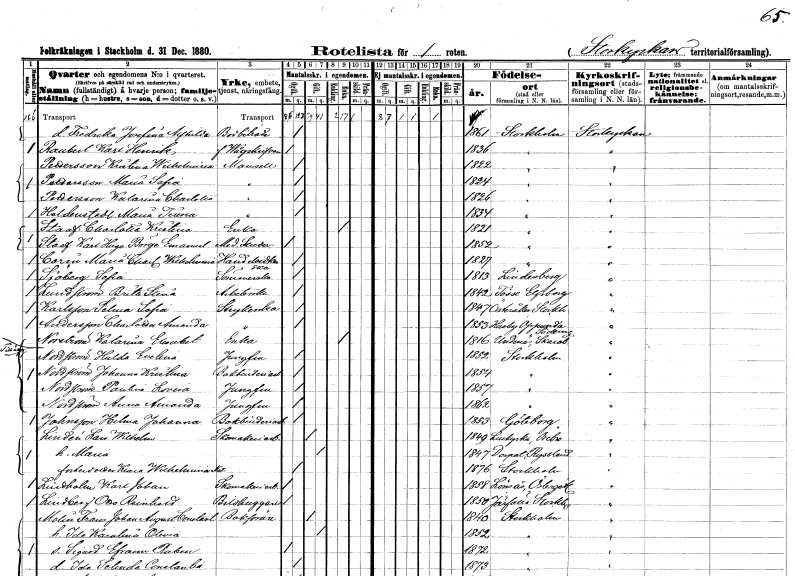
gt_parse: households: individuals: FN: Fredrika Josefina Alfhilda
YRKE: Bodbiträde
KON: K
CIV: O
FODAR: 1861
FODFORS: Stockholm
FN: Karl Henrik
EN: Raubert
YRKE: Vågskrivare f.
KON: M
CIV: O
FODAR: 1836
FODFORS: Stockholm
FN: Kristina Wilhelmina
EN: Pettersson
KON: K
CIV: O
FODAR: 1822
FODFORS: Stockholm
FN: Maria Sofia
EN: Pettersson
KON: K
CIV: O
FODAR: 1824
FODFORS: Stockholm
FN: Katarina Charlotta
EN: Pettersson
KON: K
CIV: O
FODAR: 1826
FODFORS: Stockholm
FN: Maria Teresia
EN: Heldenstedt
KON: K
CIV: O
FODAR: 1834
FODFORS: Stockholm
FN: Charlotta Kristina
EN: Staaf
YRKE: Änka
KON: K
CIV: E
FODAR: 1821
FODFORS: Stockholm
FN: Karl Hugo Birger Emanuel
EN: Staaf
YRKE: Medicine studerande
KON: M
CIV: O
FODAR: 1852
FODFORS: Stockholm
FN: Maria Charlotta Wilhelmina
EN: Carin
YRKE: Handelsidkerska
KON: K
CIV: O
FODAR: 1827
FODFORS: Stockholm
FN: Sofia
EN: Sjöberg
YRKE: Sömmerska
KON: K
CIV: O
FODAR: 1813
FODFORS: Lindesberg Örebro län
FN: Brita Stina
EN: Lundström
YRKE: Arbeterska
KON: K
CIV: O
FODAR: 1842
FODFORS: Tösse Älvsborgs län
FN: Selma Sofia
EN: Karlsson
YRKE: Strykerska
KON: K
CIV: O
FODAR: 1847
FODFORS: Österåker Stockholms län
FN: Charlotta Amanda
EN: Andersson
YRKE: Strykerska
KON: K
CIV: O
FODAR: 1853
FODFORS: Husby-Oppunda Södermanlands län
FN: Katarina Elisabet
EN: Norström
YRKE: Änka
KON: K
CIV: E
FODAR: 1816
FODFORS: Undenäs Skaraborgs län
FN: Hulda Evelina
EN: Nordström
YRKE: Jungfru
KON: K
CIV: O
FODAR: 1852
FODFORS: Stockholm
FN: Johanna Kristina
EN: Nordström
YRKE: Bokbinderiarbeterska
KON: K
CIV: O
FODAR: 1854
FODFORS: Stockholm
FN: Paulina Lovisa
EN: Nordström
YRKE: Jungfru
KON: K
CIV: O
FODAR: 1857
FODFORS: Stockholm
FN: Anna Amanda
EN: Nordström
YRKE: Jungfru
KON: K
CIV: O
FODAR: 1862
FODFORS: Stockholm
FN: Hilma Johanna
EN: Johnsson
YRKE: Bokbinderiarbeterska
KON: K
CIV: O
FODAR: 1853
FODFORS: Göteborg Göteborgs- och Bohuslän
FN: Lars Wilhelm
EN: Lindén
YRKE: Skomakeriarbetare
KON: M
CIV: G
FODAR: 1849
FODFORS: Lillkyrka Örebro län
FN: Maria
KON: K
CIV: G
FODAR: 1847
FN: Klara Wilhelmina Matilda
KON: K
CIV: O
FODAR: 1876
FODFORS: Stockholm
FN: Karl Johan
EN: Lindholm
YRKE: Skomakeriarbetare
KON: M
CIV: O
FODAR: 1858
FODFORS: Lönsås Östergötlands län
FN: Otto Reinhold
EN: Lindberg
YRKE: Bildhuggare
KON: M
CIV: O
FODAR: 1850
FODFORS: Järfälla Stockholms län